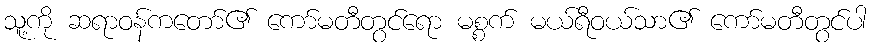
သူ့ကို ဆရာဝန်ကတော်၏ ကော်မတီတွင်ရော မစ္စက် မယ်ရီဝယ်သာ၏ ကော်မတီတွင်ပါ